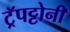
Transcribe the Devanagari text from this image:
ट्रॅपट्टोनी